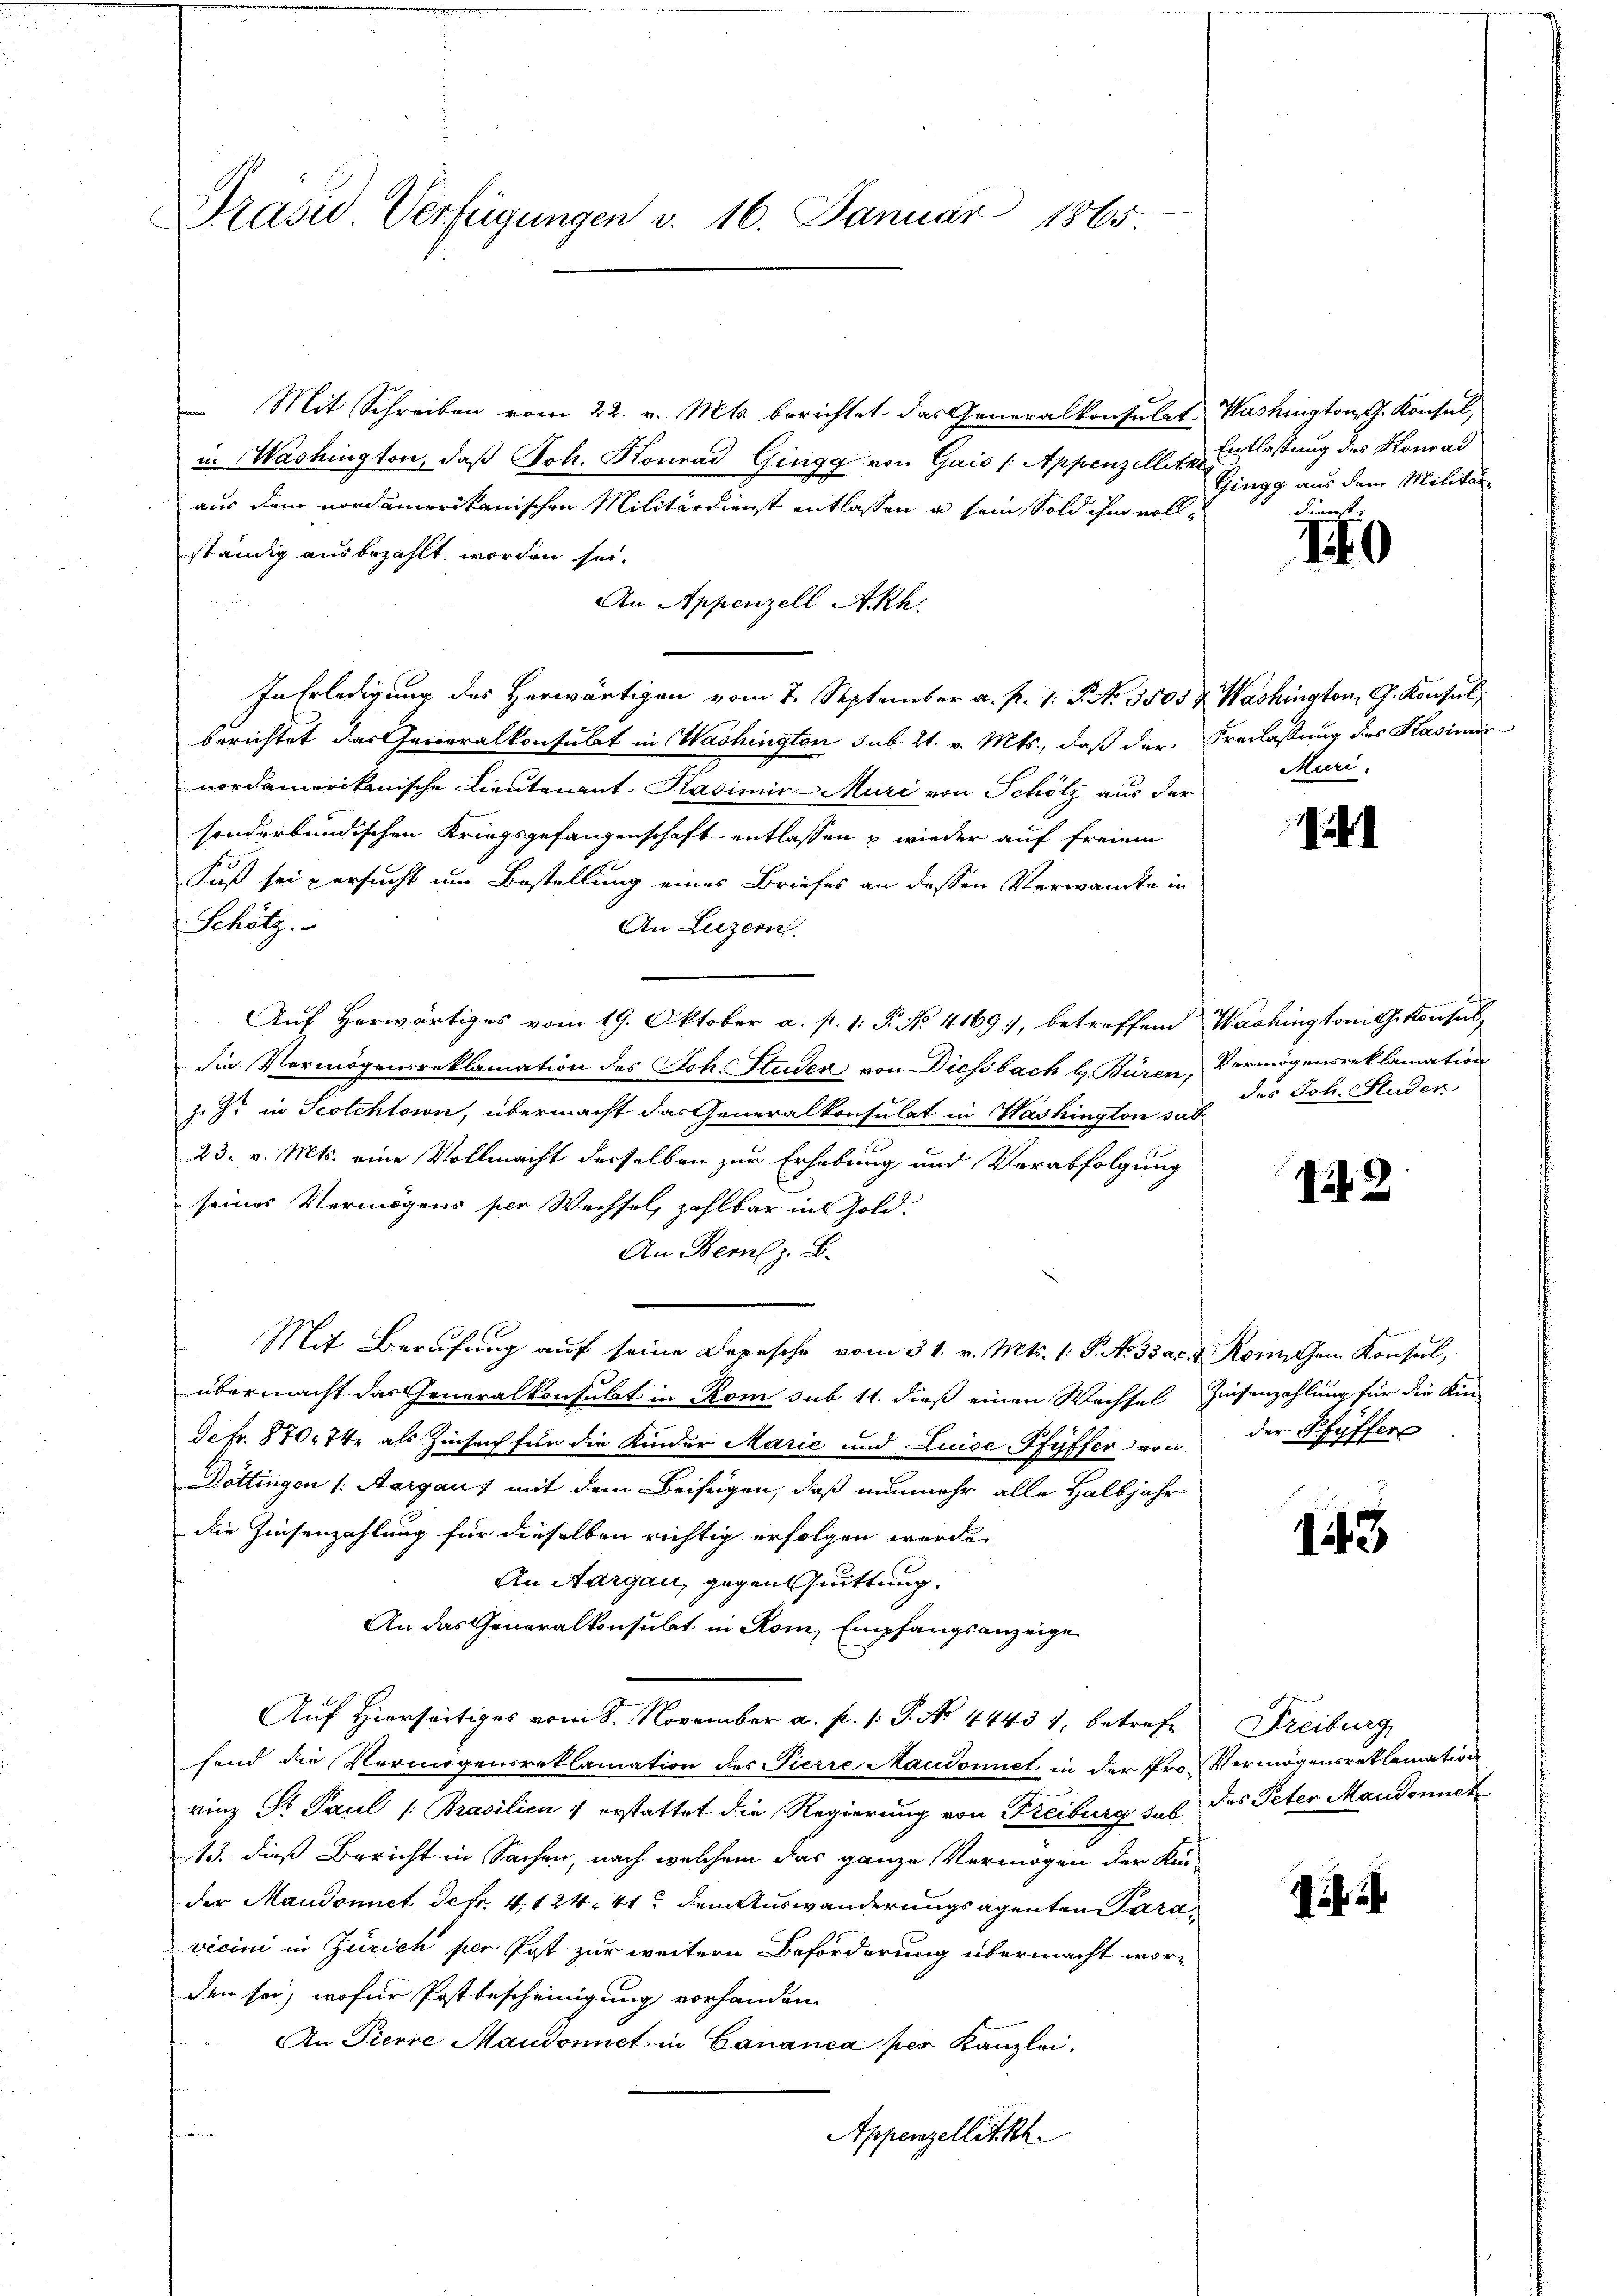
Präsid Verfügungen v. 16. Januar 1865

Mit Schreiben vom 22. v. Mts. berichtet das Generalkonsulat Washington, G. Konsul,
in Washington, daß Joh. Konrad Gingg von Gais /: Appenzellite Entlassung des Konrad
aus dem nordamerikanischen Militärdienst entlassen u sein Sold ihm vollständig ausbezahlt worden sei.
An Appenzell A.Rh.
In Erledigung des Herwärtigen vom 7. September a. p. 1. P. N. 3505 & Washington, G. Konsuls
berichtet das Generalkonsulat in Washington sub 21. v. Mts., daß der Freilassung des Kasimir
nordamerikanische Lieutenant Kasimin-Muri von Schötz aus der
sonderbundischen Kriegsgefangenschaft entlassen & wieder auf freien
Fuß sei versucht um Bestellung eines Briefes an dessen Verwandte in
Schötz.
An Luzern.
Auf Herwärtiges vom 19. Oktober a. p. 1. P. No. 4169), betreffend Washingtoni gekonsul
die Vermögensreklamation des Joh. Studen von Diessbach u. Büren, Vermögensreklamation
z. Z. in Scotchtown, übermacht das Generalkonsulat in Washington sub.
23. v. Mts. eine Vollmacht derselben zur Erhebung und Verabfolgung
seines Vermögens per Wechsel, zahlbar in Gold-
An Bern z. B.
Mit Berufung auf seine Depesche vom 31. v. Mts. 1. P. Nr. 332. 4. Komischen Konsul,
übermacht das Generalkonsulat in Rom sub 11. dieß einen Wechsel Zinsenzahlung für die Kin-
de Fr. 870. 74 als Zinseich für die Kinder Marie und Luise-Pfyffer von der Pfyffer
Döttingen (Aargaus mit dem Beifügen, daß nunmehr alle Halbjahr
die Zinsenzahlung für dieselben richtig erfolgen werde.
An Aargau, gegen Quittung.
An das Generalkonsulat in Rom, Empfangsanzeige
Auf Hierseitiges vom 8. November a. p. 1. P. No 44437, betreff
fend die Vermögensreklamation des Pierre Maudonnet in der Pro- Vermögensreklamation
rinz St Paul (Brasilien & erstattet die Regierung von Freiburg sub das Peter Mandonnet
13. dieß Bericht in Sachen, nach welchem das ganze Vermögen der Kin-
der Maudonnet defr. 4124. 41 dem Auswanderungsagenten Para
vicini in Zürich per Post zur weitern Beförderung übermacht worden sei, wofür Postbescheinigung vorhanden.
An Pierre Maudonnet in Cananea per Kanzlei.

Appenzellitzt.

Gingg aus dem Militär-
diente

10

Muri.

141

des Joh. Studen

1

143

Freiburg

ih